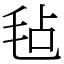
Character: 毡